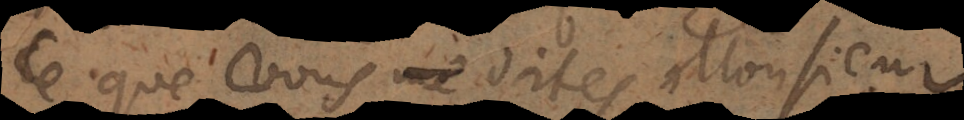
Ce que vous dites Monsieur